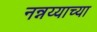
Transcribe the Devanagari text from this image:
नन्नय्याच्या